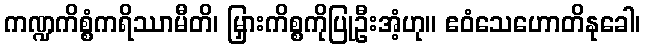
ကဏ္ဍကိစ္စံကရိဿာမီတိ၊ မြှားကိစ္စကိုပြုဦးအံ့ဟု။ ဧဝံသေဟောတိနုခေါ၊